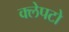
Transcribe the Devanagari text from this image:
क्लेपटो